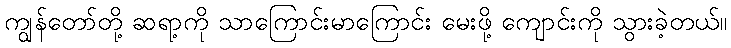
ကျွန်တော်တို့ ဆရာ့ကို သာကြောင်းမာကြောင်း မေးဖို့ ကျောင်းကို သွားခဲ့တယ်။